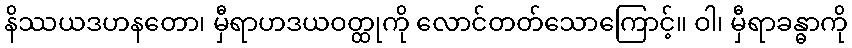
နိဿယဒဟနတော၊ မှီရာဟဒယဝတ္ထုကို လောင်တတ်သောကြောင့်။ ဝါ၊ မှီရာခန္ဓာကို